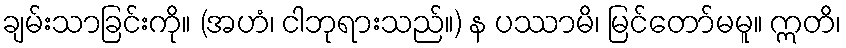
ချမ်းသာခြင်းကို။ (အဟံ၊ ငါဘုရားသည်။) န ပဿာမိ၊ မြင်တော်မမူ။ ဣတိ၊